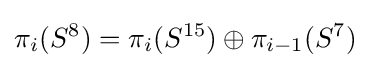
\pi _{i}(S^{8})=\pi _{i}(S^{15})\oplus \pi _{i-1}(S^{7})